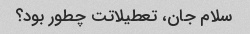
سلام جان، تعطیلاتت چطور بود؟